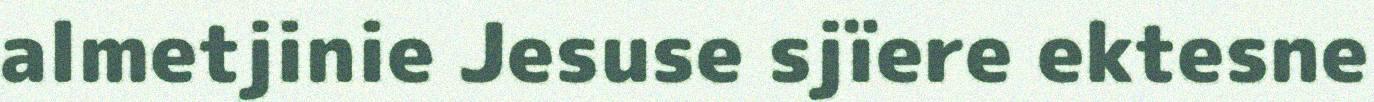
almetjinie Jesuse sjïere ektesne